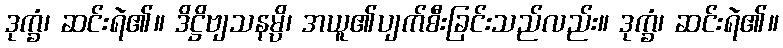
ဒုက္ခံ၊ ဆင်းရဲ၏။ ဒိဋ္ဌိဗျသနမ္ပိ၊ အယူ၏ပျက်စီးခြင်းသည်လည်း။ ဒုက္ခံ၊ ဆင်းရဲ၏။